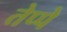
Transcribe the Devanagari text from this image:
तेप्पे